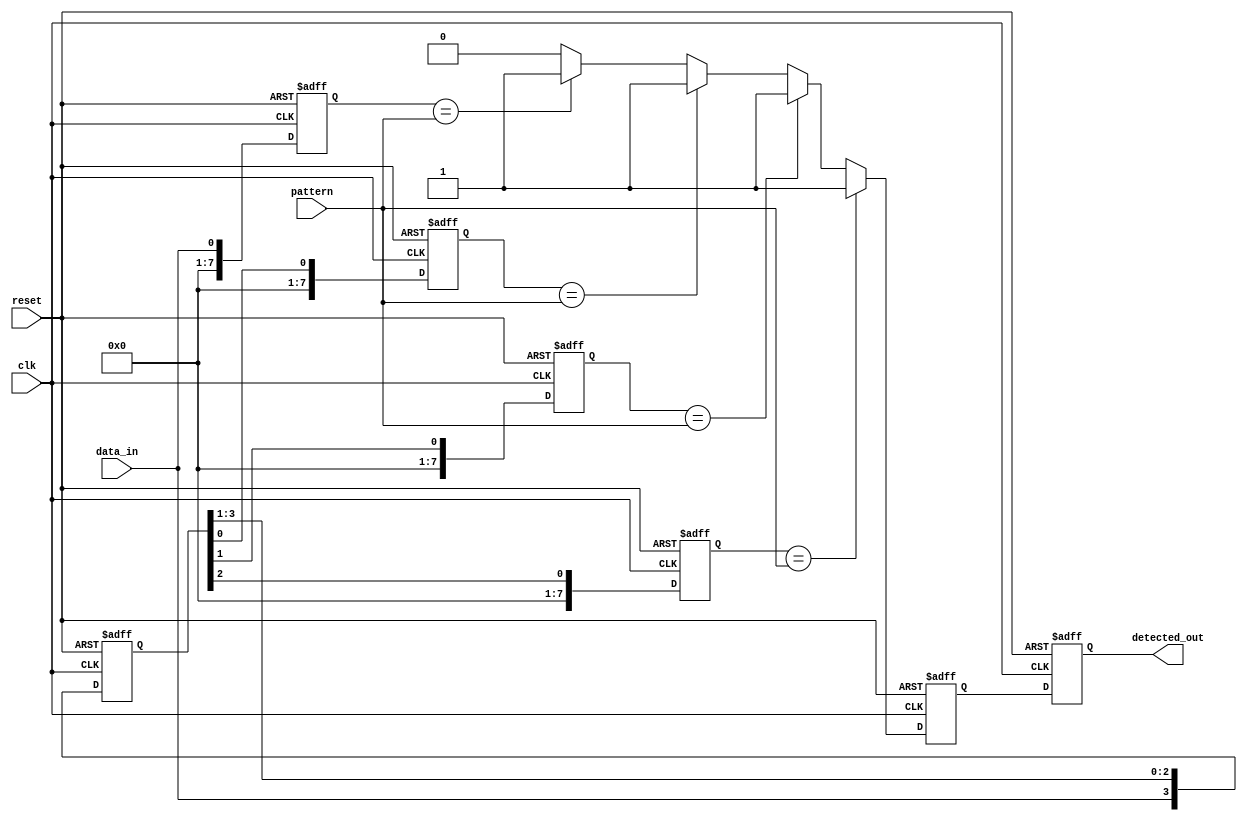
module memory_sampling_delay_line_detector (
    input wire clk,                // Clock signal
    input wire reset,              // Reset signal
    input wire data_in,            // Input data stream
    input wire [N-1:0] pattern,    // Pattern to detect
    output reg detected_out         // Output detected signal
);

parameter N = 8;                  // Number of memory blocks/delay stages
parameter DELAY_COUNT = 4;        // Delay (number of clock cycles)

reg [N-1:0] memory_block [0:DELAY_COUNT-1]; // Memory blocks
reg [DELAY_COUNT-1:0] data_delayed;          // Delayed data storage
integer i;

// Output pattern comparison signal
reg pattern_found;

// Sequential logic to handle sampling and storing in memory blocks
always @(posedge clk or posedge reset) begin
    if (reset) begin
        detected_out <= 0;
        pattern_found <= 0;
        // Clearing all memory blocks
        for (i = 0; i < DELAY_COUNT; i = i + 1) begin
            memory_block[i] <= 0;
        end
        data_delayed <= 0;
    end else begin
        // Shift the delayed data line
        data_delayed <= {data_in, data_delayed[DELAY_COUNT-1:1]};
        
        // Sample incoming data into memory blocks
        for (i = 0; i < DELAY_COUNT; i = i + 1) begin
            if (i == 0) begin
                memory_block[i] <= data_in; // Sample current data
            end else begin
                memory_block[i] <= data_delayed[i-1]; // Sample delay element
            end
        end

        // Compare stored samples with the pattern
        pattern_found <= 0; // Reset pattern found flag
        for (i = 0; i < DELAY_COUNT; i = i + 1) begin
            if (memory_block[i] == pattern) begin
                pattern_found <= 1; // Pattern matched
            end
        end
        
        // Set the detected output based on the pattern found status
        detected_out <= pattern_found;
    end
end

endmodule